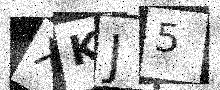
Text: XKJ5